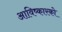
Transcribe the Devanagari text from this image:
आविष्कारको